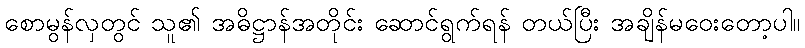
စောမွန်လှတွင် သူ၏ အဓိဋ္ဌာန်အတိုင်း ဆောင်ရွက်ရန် တယ်ပြီး အချိန်မဝေးတော့ပါ။